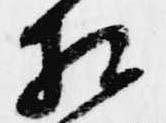
相